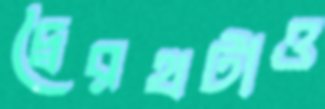
দ্বৈরথটাও